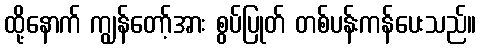
ထို့နောက် ကျွန်တော့်အား စွပ်ပြုတ် တစ်ပန်းကန်ပေးသည်။